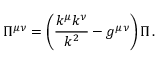
\Pi ^ { \mu \nu } = \left( \frac { k ^ { \mu } k ^ { \nu } } { k ^ { 2 } } - g ^ { \mu \nu } \right) \Pi \, .